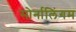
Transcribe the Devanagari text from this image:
सोर्नालिंगम